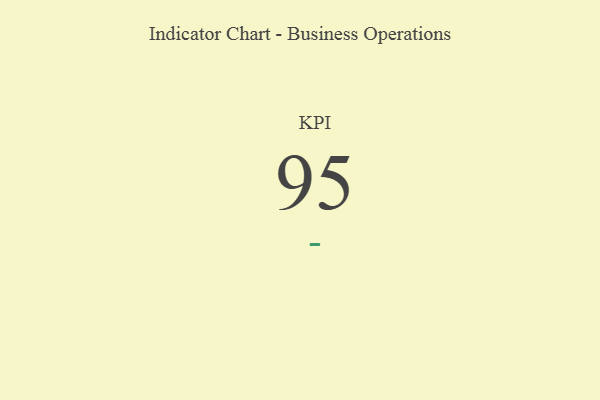
{"axis": {"x": "KPI", "y": "Value"}, "legend": [""], "data": [{"x": "KPI", "y": 95, "type": ""}]}